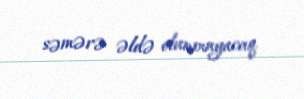
səmərə əldə olunmayacaq.